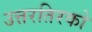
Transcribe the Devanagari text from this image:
उत्तरतिरको